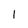
Character: 1